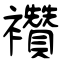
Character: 襸